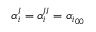
\alpha _ { i } ^ { I } = \alpha _ { i } ^ { I I } = \alpha _ { i _ { 0 0 } }